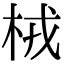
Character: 㭜